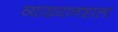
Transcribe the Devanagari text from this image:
व्याख्यानशाला